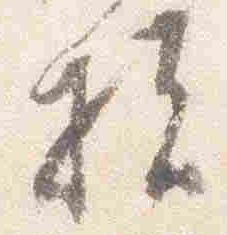
扶